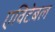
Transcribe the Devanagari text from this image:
एविटेबल